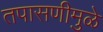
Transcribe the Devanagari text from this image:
तपासणीमुळे